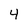
Character: 4